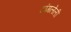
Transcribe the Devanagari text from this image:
टांगलेली